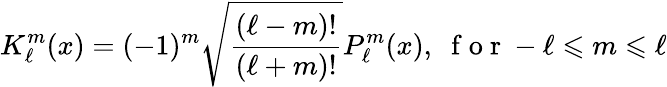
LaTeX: K_{\ell}^{m}(x)=(-1)^{m}\sqrt{\frac{(\ell-m)!}{(\ell+m)!}}P_{\ell}^{m}(x),\; \mathrm{~f~o~r~}-\ell\leqslant m\leqslant\ell